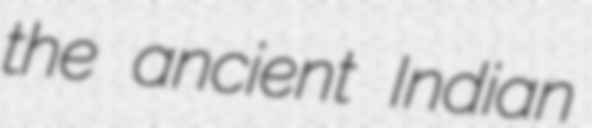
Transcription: the ancient Indian